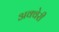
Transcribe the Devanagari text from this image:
अक्वेरी